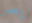
يصر